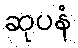
ဆုပနံ